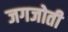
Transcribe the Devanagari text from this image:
जगजोती